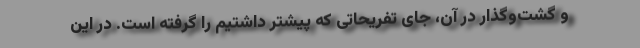
و گشت‌وگذار در آن، جای تفریحاتی که پیشتر داشتیم را گرفته است. در این